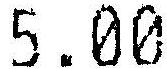
5.00